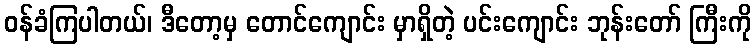
ဝန်ခံကြပါတယ်၊ ဒီတော့မှ တောင်ကျောင်း မှာရှိတဲ့ ပင်းကျောင်း ဘုန်းတော် ကြီးကို